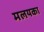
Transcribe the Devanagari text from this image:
मलयका